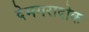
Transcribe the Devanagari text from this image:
देमगरादोक